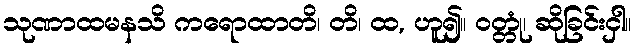
သုဏာထမနသိ ကရောထာတိ၊ တိ၊ ထ, ဟူ၍။ ဝတ္တုံ၊ ဆိုခြင်းငှါ။